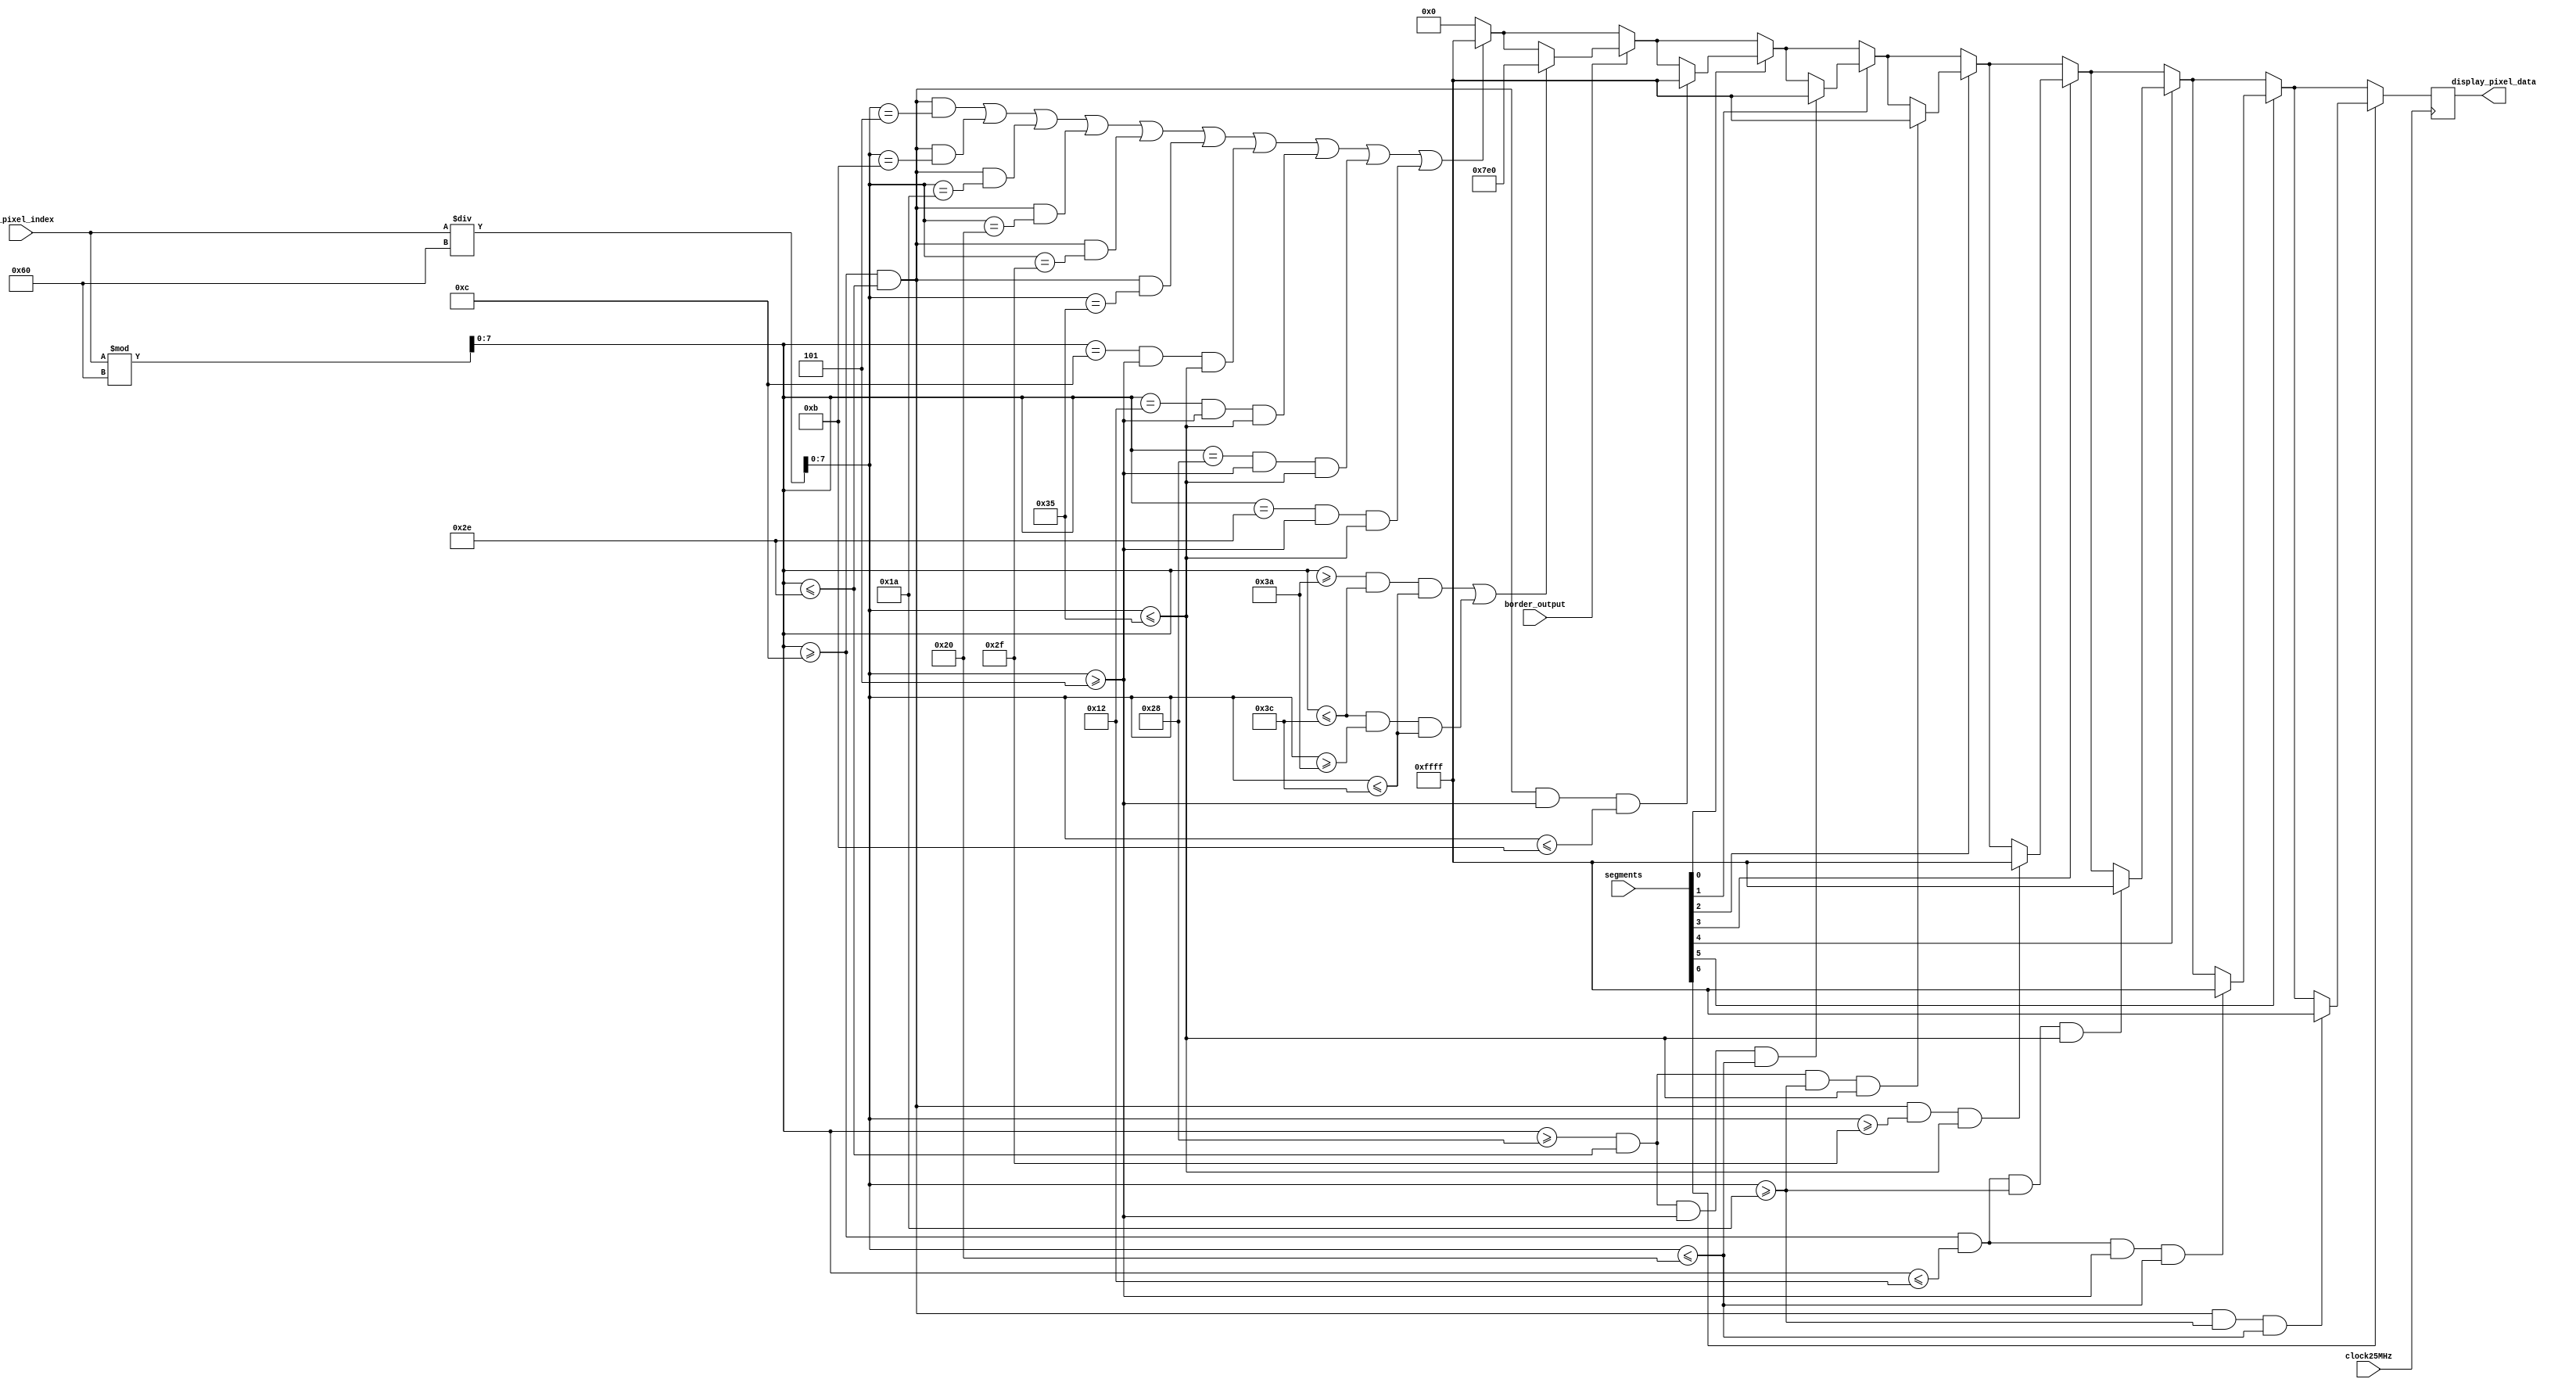
`timescale 1ns / 1ps

module Oled_segment_print(
    input clock25MHz,
    input [12:0] my_pixel_index, 
    input [6:0] segments,
    input border_output,
    output reg [15:0] display_pixel_data
    );
    
    parameter red = 16'b11111_000000_00000;
    parameter green = 16'b00000_111111_00000;
    parameter blue = 16'b00000_000000_11111;
    parameter black = 16'b00000_000000_00000;
    parameter white = 16'b11111_111111_11111;
    
    parameter border_inner = 58;
    parameter border_outer = 60;
    
    parameter segA_top = 5;
    parameter segA_bottom = 11;
    parameter segA_left = 12;
    parameter segA_right = 46;
    
    parameter segB_top = 5;
    parameter segB_bottom = 32;
    parameter segB_left = 40;
    parameter segB_right = 46;
    
    parameter segC_top = 26;   
    parameter segC_bottom = 53;
    parameter segC_left = 40; 
    parameter segC_right = 46;
    
    parameter segD_top = 47;   
    parameter segD_bottom = 53;
    parameter segD_left = 12; 
    parameter segD_right = 46;
    
    parameter segE_top = 26;   
    parameter segE_bottom = 53;
    parameter segE_left = 12; 
    parameter segE_right = 18;
    
    parameter segF_top = 5;   
    parameter segF_bottom = 32;
    parameter segF_left = 12; 
    parameter segF_right = 18;
    
    parameter segG_top = 26;   
    parameter segG_bottom = 32;
    parameter segG_left = 12; 
    parameter segG_right = 46;
    
    wire [7:0] x_cd;
    wire [7:0] y_cd;
    
    assign x_cd = my_pixel_index % 96;
    assign y_cd = my_pixel_index / 96;
    
    always @(posedge clock25MHz)
    begin
        //7 seg outline
        if ((x_cd >= segA_left && x_cd <= segA_right && y_cd == segA_top) || //first horizontal line
        (x_cd >= segA_left && x_cd <= segA_right && y_cd == segA_bottom) || //second horizontal line
        (x_cd >= segG_left && x_cd <= segG_right && y_cd == segG_top) || //third horizontal line
        (x_cd >= segG_left && x_cd <= segG_right && y_cd == segG_bottom) || //fourth horizontal line
        (x_cd >= segD_left && x_cd <= segD_right && y_cd == segD_top) || //fifth horizontal line
        (x_cd >= segD_left && x_cd <= segD_right && y_cd == segD_bottom) || //sixth horizontal line
        (x_cd == segF_left && y_cd >= segF_top && y_cd <= segE_bottom) || //first vertical line
        (x_cd == segF_right && y_cd >= segF_top && y_cd <= segE_bottom) || //second vertical line
        (x_cd == segB_left && y_cd >= segB_top && y_cd <= segC_bottom) || //third vertical line
        (x_cd == segB_right && y_cd >= segB_top && y_cd <= segC_bottom)) // fourth vertical line
        begin
            display_pixel_data <= white;
        end
        
        else begin
            display_pixel_data <= black;
        end
    
        //green border when switch 4 is on
        if (border_output == 1) begin            
            if ((x_cd >= border_inner && x_cd <= border_outer && y_cd <= border_outer) || //vertical border
            (x_cd <= border_outer && y_cd >= border_inner && y_cd <= border_outer)) //horizontal border
            begin
                display_pixel_data <= green;
            end
        end

        //segment A
        if (segments[0] == 1) begin
            if (x_cd >= segA_left && x_cd <= segA_right && y_cd >= segA_top && y_cd <= segA_bottom)
            begin
                display_pixel_data <= white;
            end
        end
        
        //segment B
        if (segments[1] == 1) begin
            if (x_cd >= segB_left && x_cd <= segB_right && y_cd >= segB_top && y_cd <= segB_bottom)
            begin
                display_pixel_data <= white;
            end     
        end
        
        //segment C
        if (segments[2] == 1) begin
            if (x_cd >= segC_left && x_cd <= segC_right && y_cd >= segC_top && y_cd <= segC_bottom)
            begin
                display_pixel_data <= white;
            end
        end
        
        //segment D
        if (segments[3] == 1) begin
            if (x_cd >= segD_left && x_cd <= segD_right && y_cd >= segD_top && y_cd <= segD_bottom)
            begin
                display_pixel_data <= white;
            end
        end

        //segment E
        if (segments[4] == 1) begin
            if (x_cd >= segE_left && x_cd <= segE_right && y_cd >= segE_top && y_cd <= segE_bottom)
            begin
                display_pixel_data <= white;
            end
        end
        
        //segment F                       
        if (segments[5] == 1) begin
            if (x_cd >= segF_left && x_cd <= segF_right && y_cd >= segF_top && y_cd <= segF_bottom)
            begin
                display_pixel_data <= white;
            end
        end

        //segment G
        if (segments[6] == 1) begin
            if (x_cd >= segG_left && x_cd <= segG_right && y_cd >= segG_top && y_cd <= segG_bottom)
            begin
                display_pixel_data <= white;
            end
        end
        
    end
    
endmodule